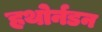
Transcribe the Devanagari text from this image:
हथोर्नडन